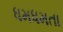
ધમધમતા